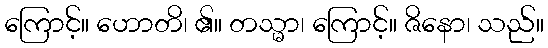
ကြောင့်။ ဟောတိ၊ ၏။ တသ္မာ၊ ကြောင့်။ ဇိနော၊ သည်။